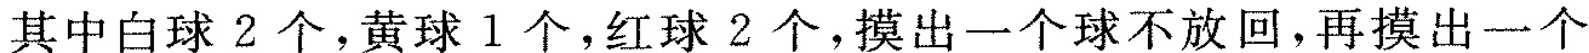
其中白球 2 个，黄球 1 个，红球 2 个，摸出一个球不放回，再摸出一个